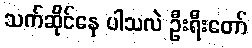
သက်ဆိုင်နေ ပါသလဲ ဦးရီးတော်